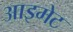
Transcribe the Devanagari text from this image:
आइमेट